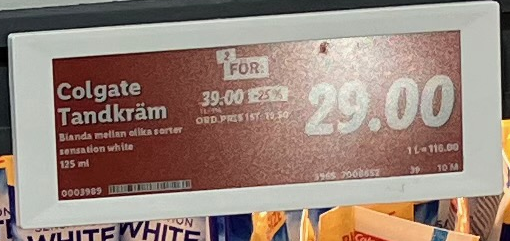
Vara: Colgate Tandkräm
Genomsnittspris: 116 per L